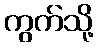
ကွက်သို့